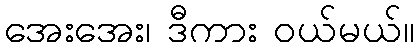
အေးအေး၊ ဒီကား ဝယ်မယ်။